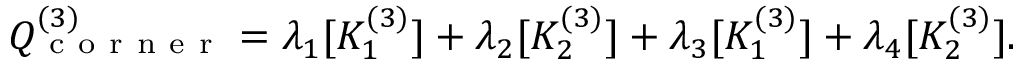
Q _ { \mathrm { ~ c ~ o ~ r ~ n ~ e ~ r ~ } } ^ { ( 3 ) } = \lambda _ { 1 } [ K _ { 1 } ^ { ( 3 ) } ] + \lambda _ { 2 } [ K _ { 2 } ^ { ( 3 ) } ] + \lambda _ { 3 } [ K _ { 1 } ^ { ( 3 ) } ] + \lambda _ { 4 } [ K _ { 2 } ^ { ( 3 ) } ] .